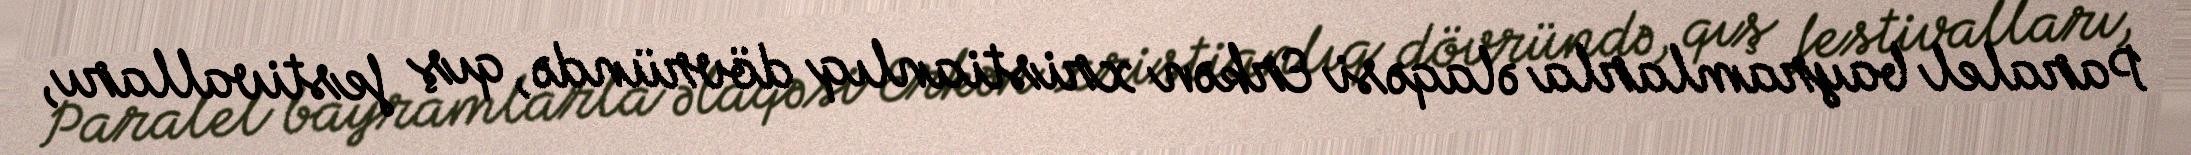
Paralel bayramlarla əlaqəsi Erkən xristianlıq dövründə, qış festivalları,